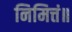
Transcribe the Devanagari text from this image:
निमित्तं॥